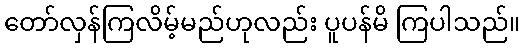
တော်လှန်ကြလိမ့်မည်ဟုလည်း ပူပန်မိ ကြပါသည်။